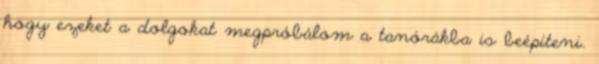
hogy ezeket a dolgokat megpróbálom a tanórákba is beépíteni.